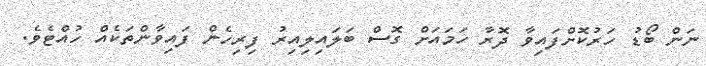
ނަން ބޯޑު ހަރުކޮށްފައިވާ ދޮރާ ހަމައަށް ގޮސް ބަލައިލިއިރު ފިރިހެން ފައިވާންތަކެއް ހުއްޓެވެ.